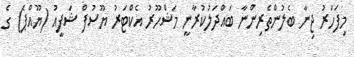
މިފަހަރު ޖިނާ ބެލުންތެރިންނާ ބައްދަލުކުރާނީ މަޝްހޫރު އެކްޓަރު ޔޫސުފް ޝަފީއު (ޔޫއްޕެ) ގެ